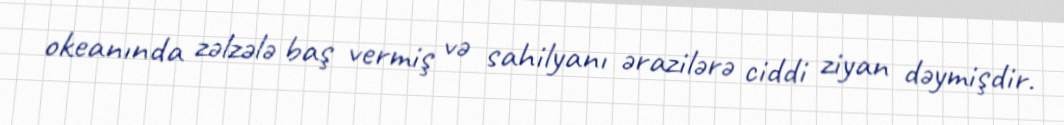
okeanında zəlzələ baş vermiş və sahilyanı ərazilərə ciddi ziyan dəymişdir.